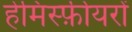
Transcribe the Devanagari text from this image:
हेमिस्फ़ीयरों